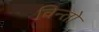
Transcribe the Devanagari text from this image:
चिन्तो